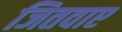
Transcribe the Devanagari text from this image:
जितवाए